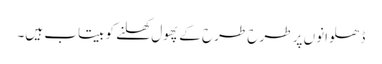
ڈھلوانوں پر طرح طرح کے پھول کھلنے کو بیتاب ہیں۔